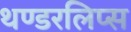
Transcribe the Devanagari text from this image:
थण्डरलिप्स